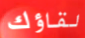
لقاؤك